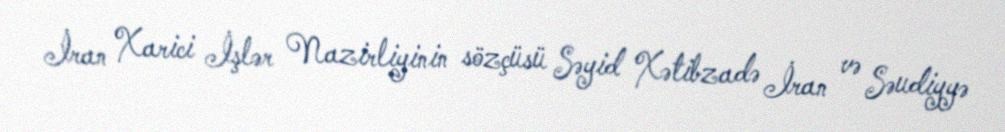
İran Xarici İşlər Nazirliyinin sözçüsü Səyid Xətibzadə İran və Səudiyyə